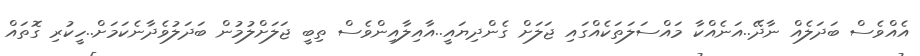
އެއްވެސް ބަދަލެއް ނާދޭ..އަނެއްކާ މައްސަލަތަކެއްގައި ޖަލަށް ގެންދިޔައީ..އާއިލާއިންވެސް ތިބީ ޖަލަށްލުމުން ބަދަލުވެދާނެކަމަށް..ހީކުރި ގޮތައް